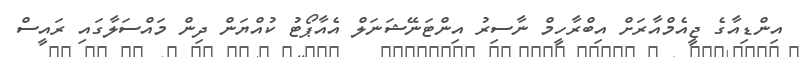
އިންޑިއާގެ ޖީއެމްއާރަށް އިބްރާހީމް ނާސިރު އިންޓަނޭޝަނަލް އެއާޕޯޓު ކުއްޔަން ދިން މައްސަލާގައި ރައީސް